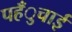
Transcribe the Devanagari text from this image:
पहँुचाई